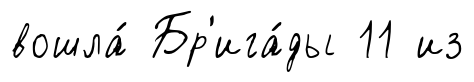
вошла́ Бр'ига́ды 11 из